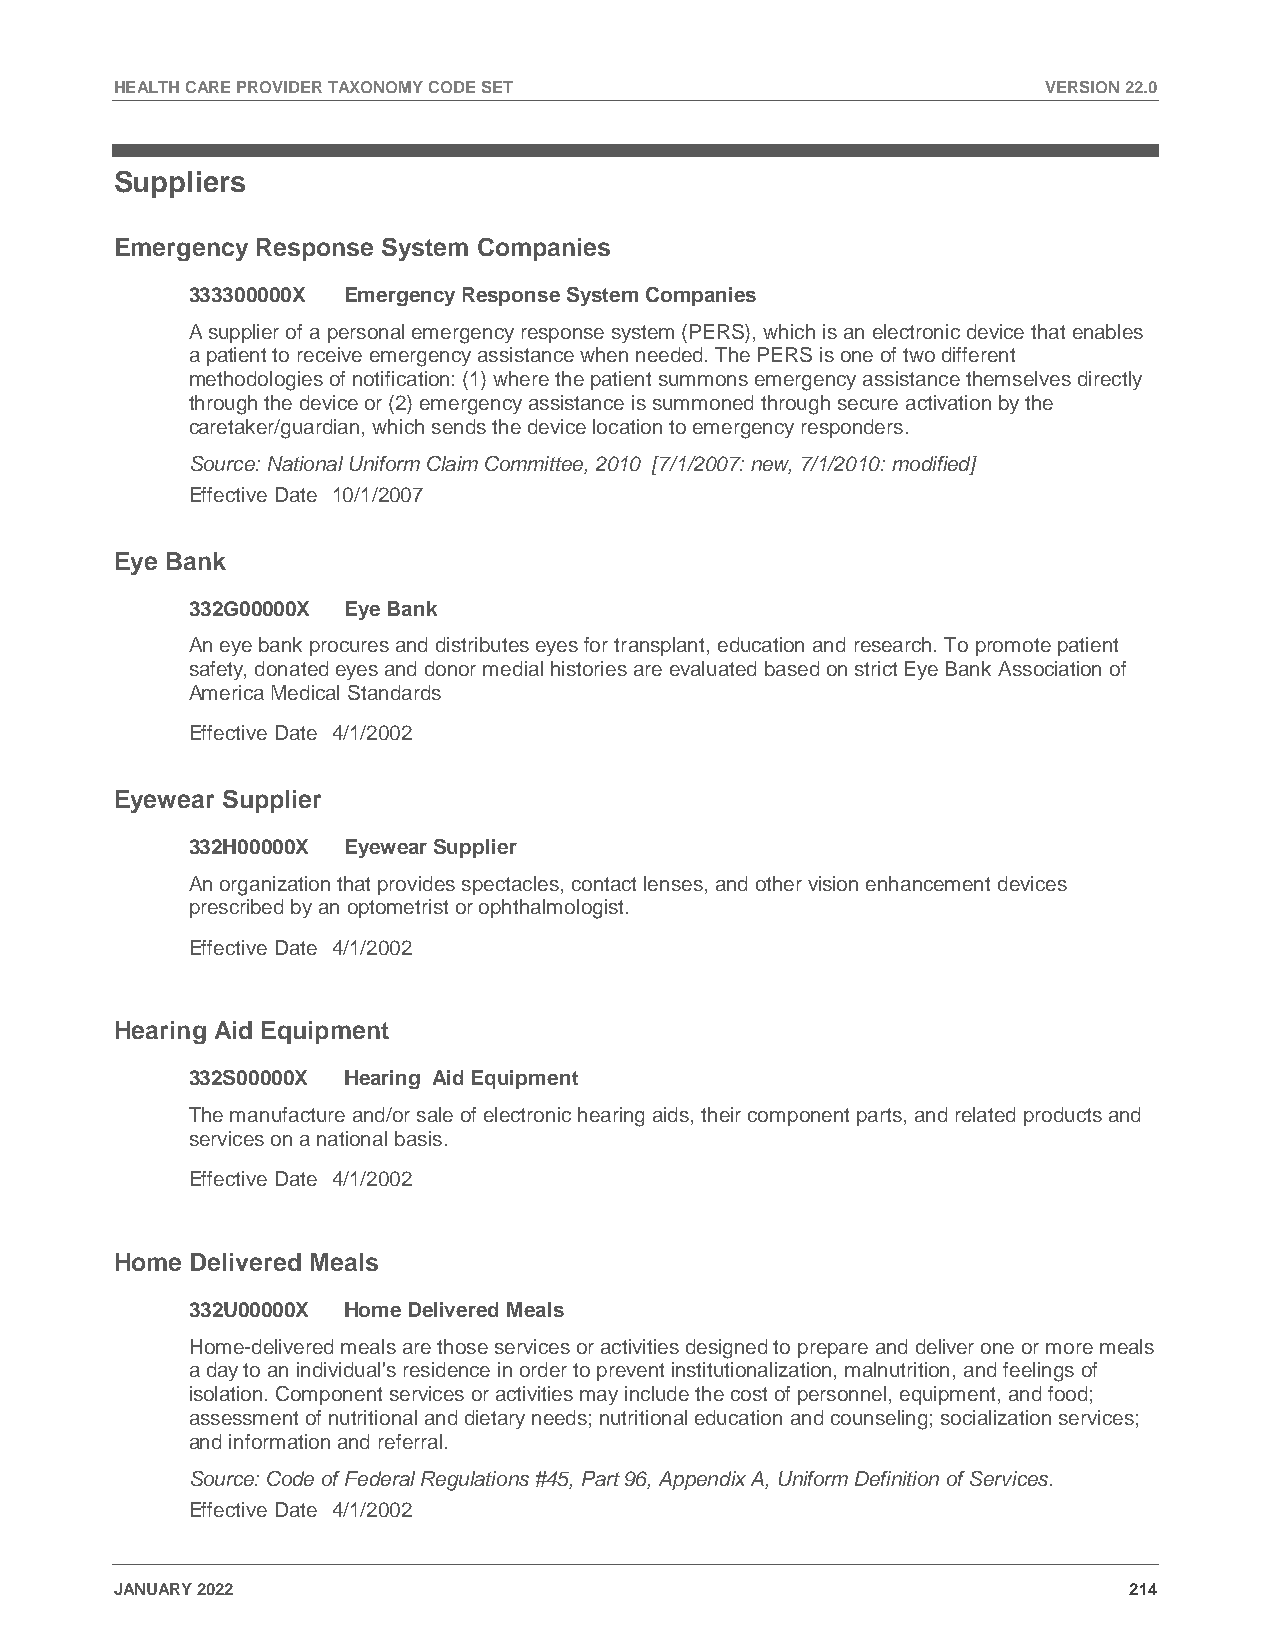
HEALTH CARE PROVIDER TAXONOMY CODE SET                       VERSION 22.0
 Suppliers
 Emergency Response System Companies
 333300000X Emergency Response System Companies
 A supplier of a personal emergency response system (PERS), which is an electronic device that enables
 a patient to receive emergency assistance when needed. The PERS is one of two different
 methodologies of notification: (1) where the patient summons emergency assistance themselves directly
 through the device or (2) emergency assistance is summoned through secure activation by the
 caretaker/guardian, which sends the device location to emergency responders.
 Source: National Uniform Claim Committee, 2010 [7/1/2007: new, 7/1/2010: modified]
 Effective Date 10/1/2007
 Eye Bank
 332G00000X Eye Bank
 An eye bank procures and distributes eyes for transplant, education and research. To promote patient
 safety, donated eyes and donor medial histories are evaluated based on strict Eye Bank Association of
 America Medical Standards
 Effective Date 4/1/2002
 Eyewear Supplier
 332H00000X Eyewear Supplier
 An organization that provides spectacles, contact lenses, and other vision enhancement devices
 prescribed by an optometrist or ophthalmologist.
 Effective Date 4/1/2002
 Hearing Aid Equipment
 332S00000X Hearing Aid Equipment
 The manufacture and/or sale of electronic hearing aids, their component parts, and related products and
 services on a national basis.
 Effective Date 4/1/2002
 Home Delivered Meals
 332U00000X Home Delivered Meals
 Home-delivered meals are those services or activities designed to prepare and deliver one or more meals
 a day to an individual's residence in order to prevent institutionalization, malnutrition, and feelings of
 isolation. Component services or activities may include the cost of personnel, equipment, and food;
 assessment of nutritional and dietary needs; nutritional education and counseling; socialization services;
 and information and referral.
 Source: Code of Federal Regulations #45, Part 96, Appendix A, Uniform Definition of Services.
 Effective Date 4/1/2002
 JANUARY 2022                                                       214